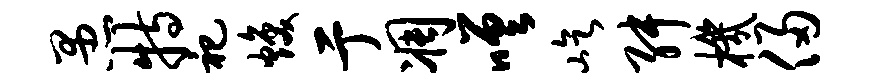
愚特祀焕亍凋嗟屹舛机侵